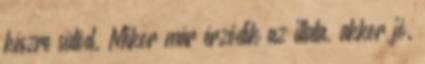
készre sütöd. Mikor már érződik az illata, akkor jó.